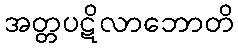
အတ္တပဋိလာဘောတိ